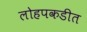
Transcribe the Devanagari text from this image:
लोहपकडीत